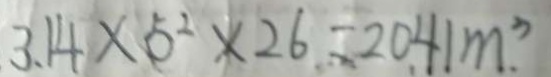
3 . 1 4 \times 5 ^ { 2 } \times 2 6 - 2 0 4 1 m ^ { 3 }